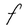
Character: F